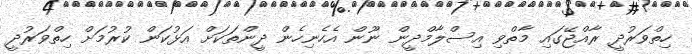
ހިތްވަރުދީ ރާއްޖޭގައި މާތްވި އިސްލާމްދީން ނޫން އެހެނިހެން ދީންތަކަށް އަޅުކަން ކުރުމަށް ހިތްވަރުދީ